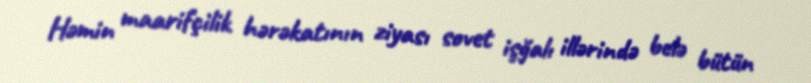
Həmin maarifçilik hərəkatının ziyası sovet işğalı illərində belə bütün